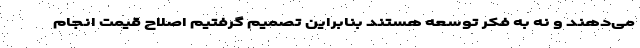
می‌دهند و نه به فکر توسعه هستند بنابراین تصمیم گرفتیم اصلاح قیمت انجام